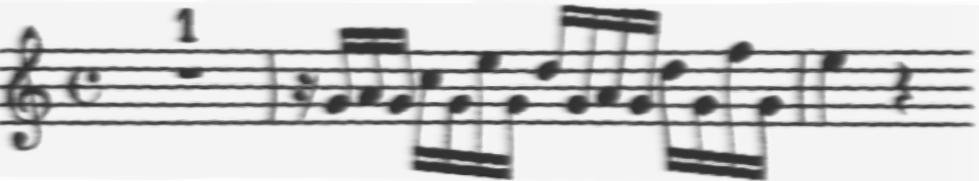
Transcription: clef-G2 timeSignature-C multirest-1 barline rest-sixteenth note-G4_sixteenth note-A4_sixteenth note-G4_sixteenth note-C5_sixteenth note-G4_sixteenth note-E5_sixteenth note-G4_sixteenth note-D5_sixteenth note-G4_sixteenth note-A4_sixteenth note-G4_sixteenth note-D5_sixteenth note-G4_sixteenth note-F5_sixteenth note-G4_sixteenth barline note-E5_quarter rest-quarter